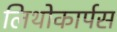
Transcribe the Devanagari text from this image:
लिथोकार्पस